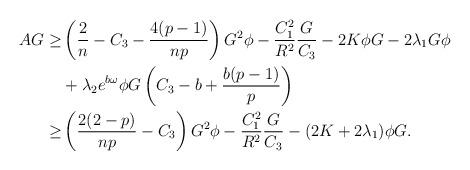
LaTeX: \begin{align*}\begin{aligned}AG\geq & \left(\frac{2}{n}-C_{3}-\frac{4(p-1)}{np}\right)G^{2}\phi-\frac{C_{1}^{2}}{R^{2}}\frac{G}{C_{3}}-2K\phi G-2\lambda_{1}G\phi\\&+\lambda_{2}e^{b\omega}\phi G\left(C_{3}-b+\frac{b(p-1)}{p}\right)\\\geq & \left(\frac{2(2-p)}{np}-C_{3}\right)G^{2}\phi-\frac{C_{1}^{2}}{R^{2}}\frac{G}{C_{3}}-(2K+2\lambda_{1})\phi G.\\\end{aligned}\end{align*}